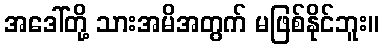
အဒေါ်တို့ သားအမိအတွက် မဖြစ်နိုင်ဘူး။